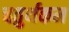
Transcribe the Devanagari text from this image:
चतुर्थकम